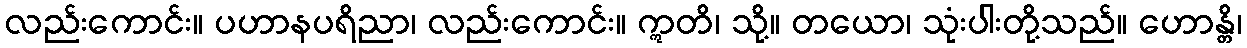
လည်းကောင်း။ ပဟာနပရိညာ၊ လည်းကောင်း။ ဣတိ၊ သို့။ တယော၊ သုံးပါးတို့သည်။ ဟောန္တိ၊